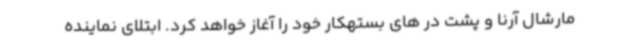
مارشال آرنا و پشت در های بستهکار خود را آغاز خواهد کرد. ابتلای نماینده